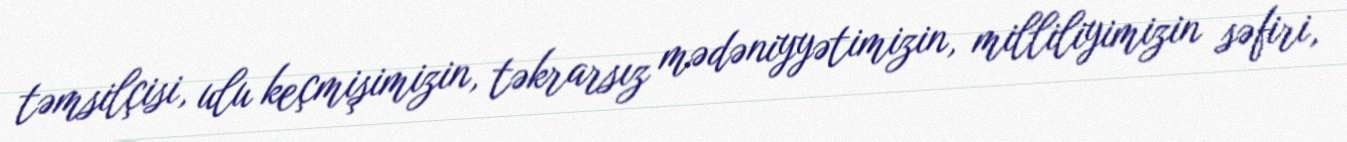
təmsilçisi, ulu keçmişimizin, təkrarsız mədəniyyətimizin, milliliyimizin səfiri,